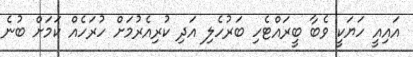
އައިއީ ހަޔަކީ ވެބާ ބީރައްޓެހި ބަރުހެލި އަދި ކުރިއެރުމަށް ހުރަހެއް ކަމަށް ބުނެ